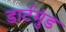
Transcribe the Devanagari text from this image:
डार्टमुंड